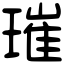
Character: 璀